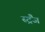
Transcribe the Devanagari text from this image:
स्ट्रैंज